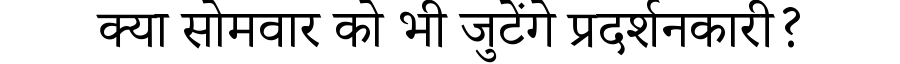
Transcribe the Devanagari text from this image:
क्या सोमवार को भी जुटेंगे प्रदर्शनकारी?